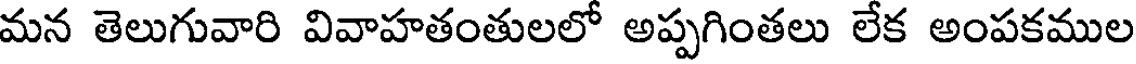
మన తెలుగువారి వివాహతంతులలో అప్పగింతలు లేక అంపకముల